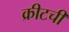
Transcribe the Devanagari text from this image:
क्रीटची